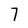
Character: 7